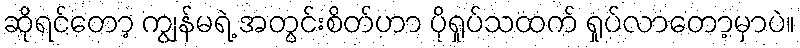
ဆိုရင်တော့ ကျွန်မရဲ့ အတွင်းစိတ်ဟာ ပိုရှုပ်သထက် ရှုပ်လာတော့မှာပဲ။